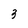
Character: 3